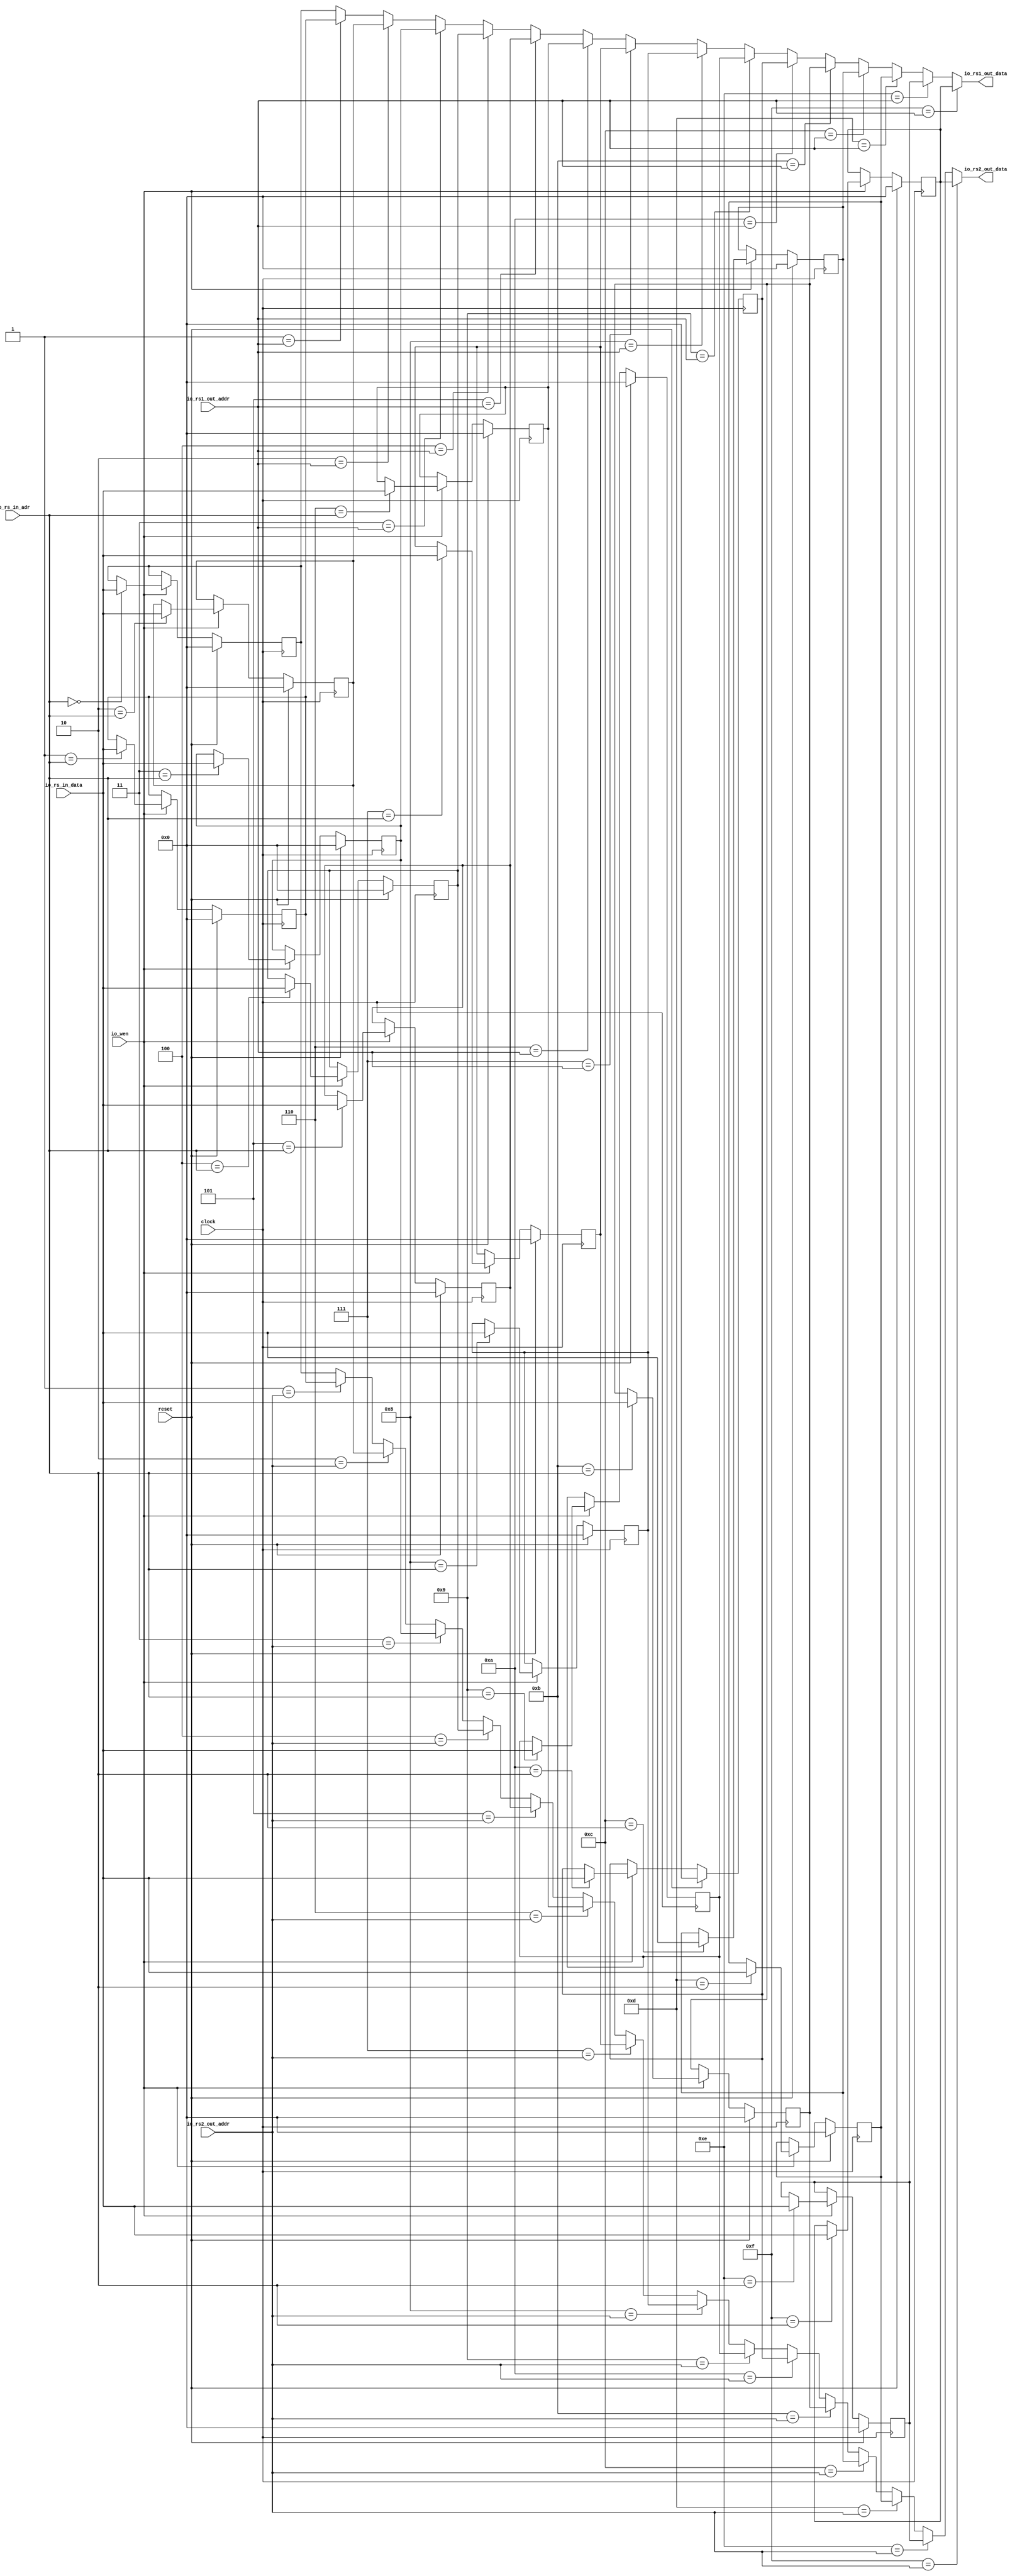
`ifdef RANDOMIZE_GARBAGE_ASSIGN
`define RANDOMIZE
`endif
`ifdef RANDOMIZE_INVALID_ASSIGN
`define RANDOMIZE
`endif
`ifdef RANDOMIZE_REG_INIT
`define RANDOMIZE
`endif
`ifdef RANDOMIZE_MEM_INIT
`define RANDOMIZE
`endif

module RegFile(
  input   clock,
  input   reset,
  input  [3:0] io_rs_in_adr,
  input  [3:0] io_rs1_out_addr,
  input  [3:0] io_rs2_out_addr,
  output [31:0] io_rs1_out_data,
  output [31:0] io_rs2_out_data,
  input  [31:0] io_rs_in_data,
  input   io_wen
);
  wire [31:0] T_19_0;
  wire [31:0] T_19_1;
  wire [31:0] T_19_2;
  wire [31:0] T_19_3;
  wire [31:0] T_19_4;
  wire [31:0] T_19_5;
  wire [31:0] T_19_6;
  wire [31:0] T_19_7;
  wire [31:0] T_19_8;
  wire [31:0] T_19_9;
  wire [31:0] T_19_10;
  wire [31:0] T_19_11;
  wire [31:0] T_19_12;
  wire [31:0] T_19_13;
  wire [31:0] T_19_14;
  wire [31:0] T_19_15;
  reg [31:0] regFile_0;
  reg [31:0] GEN_65;
  reg [31:0] regFile_1;
  reg [31:0] GEN_66;
  reg [31:0] regFile_2;
  reg [31:0] GEN_67;
  reg [31:0] regFile_3;
  reg [31:0] GEN_68;
  reg [31:0] regFile_4;
  reg [31:0] GEN_69;
  reg [31:0] regFile_5;
  reg [31:0] GEN_70;
  reg [31:0] regFile_6;
  reg [31:0] GEN_71;
  reg [31:0] regFile_7;
  reg [31:0] GEN_72;
  reg [31:0] regFile_8;
  reg [31:0] GEN_73;
  reg [31:0] regFile_9;
  reg [31:0] GEN_74;
  reg [31:0] regFile_10;
  reg [31:0] GEN_75;
  reg [31:0] regFile_11;
  reg [31:0] GEN_76;
  reg [31:0] regFile_12;
  reg [31:0] GEN_77;
  reg [31:0] regFile_13;
  reg [31:0] GEN_78;
  reg [31:0] regFile_14;
  reg [31:0] GEN_79;
  reg [31:0] regFile_15;
  reg [31:0] GEN_80;
  wire [31:0] GEN_0;
  wire [31:0] GEN_3;
  wire [31:0] GEN_4;
  wire [31:0] GEN_5;
  wire [31:0] GEN_6;
  wire [31:0] GEN_7;
  wire [31:0] GEN_8;
  wire [31:0] GEN_9;
  wire [31:0] GEN_10;
  wire [31:0] GEN_11;
  wire [31:0] GEN_12;
  wire [31:0] GEN_13;
  wire [31:0] GEN_14;
  wire [31:0] GEN_15;
  wire [31:0] GEN_16;
  wire [31:0] GEN_17;
  wire [31:0] GEN_1;
  wire [31:0] GEN_18;
  wire [31:0] GEN_19;
  wire [31:0] GEN_20;
  wire [31:0] GEN_21;
  wire [31:0] GEN_22;
  wire [31:0] GEN_23;
  wire [31:0] GEN_24;
  wire [31:0] GEN_25;
  wire [31:0] GEN_26;
  wire [31:0] GEN_27;
  wire [31:0] GEN_28;
  wire [31:0] GEN_29;
  wire [31:0] GEN_30;
  wire [31:0] GEN_31;
  wire [31:0] GEN_32;
  wire [31:0] GEN_2;
  wire [31:0] GEN_33;
  wire [31:0] GEN_34;
  wire [31:0] GEN_35;
  wire [31:0] GEN_36;
  wire [31:0] GEN_37;
  wire [31:0] GEN_38;
  wire [31:0] GEN_39;
  wire [31:0] GEN_40;
  wire [31:0] GEN_41;
  wire [31:0] GEN_42;
  wire [31:0] GEN_43;
  wire [31:0] GEN_44;
  wire [31:0] GEN_45;
  wire [31:0] GEN_46;
  wire [31:0] GEN_47;
  wire [31:0] GEN_48;
  wire [31:0] GEN_49;
  wire [31:0] GEN_50;
  wire [31:0] GEN_51;
  wire [31:0] GEN_52;
  wire [31:0] GEN_53;
  wire [31:0] GEN_54;
  wire [31:0] GEN_55;
  wire [31:0] GEN_56;
  wire [31:0] GEN_57;
  wire [31:0] GEN_58;
  wire [31:0] GEN_59;
  wire [31:0] GEN_60;
  wire [31:0] GEN_61;
  wire [31:0] GEN_62;
  wire [31:0] GEN_63;
  wire [31:0] GEN_64;
  assign io_rs1_out_data = GEN_0;
  assign io_rs2_out_data = GEN_1;
  assign T_19_0 = 32'h0;
  assign T_19_1 = 32'h0;
  assign T_19_2 = 32'h0;
  assign T_19_3 = 32'h0;
  assign T_19_4 = 32'h0;
  assign T_19_5 = 32'h0;
  assign T_19_6 = 32'h0;
  assign T_19_7 = 32'h0;
  assign T_19_8 = 32'h0;
  assign T_19_9 = 32'h0;
  assign T_19_10 = 32'h0;
  assign T_19_11 = 32'h0;
  assign T_19_12 = 32'h0;
  assign T_19_13 = 32'h0;
  assign T_19_14 = 32'h0;
  assign T_19_15 = 32'h0;
  assign GEN_0 = GEN_17;
  assign GEN_3 = 4'h1 == io_rs1_out_addr ? regFile_1 : regFile_0;
  assign GEN_4 = 4'h2 == io_rs1_out_addr ? regFile_2 : GEN_3;
  assign GEN_5 = 4'h3 == io_rs1_out_addr ? regFile_3 : GEN_4;
  assign GEN_6 = 4'h4 == io_rs1_out_addr ? regFile_4 : GEN_5;
  assign GEN_7 = 4'h5 == io_rs1_out_addr ? regFile_5 : GEN_6;
  assign GEN_8 = 4'h6 == io_rs1_out_addr ? regFile_6 : GEN_7;
  assign GEN_9 = 4'h7 == io_rs1_out_addr ? regFile_7 : GEN_8;
  assign GEN_10 = 4'h8 == io_rs1_out_addr ? regFile_8 : GEN_9;
  assign GEN_11 = 4'h9 == io_rs1_out_addr ? regFile_9 : GEN_10;
  assign GEN_12 = 4'ha == io_rs1_out_addr ? regFile_10 : GEN_11;
  assign GEN_13 = 4'hb == io_rs1_out_addr ? regFile_11 : GEN_12;
  assign GEN_14 = 4'hc == io_rs1_out_addr ? regFile_12 : GEN_13;
  assign GEN_15 = 4'hd == io_rs1_out_addr ? regFile_13 : GEN_14;
  assign GEN_16 = 4'he == io_rs1_out_addr ? regFile_14 : GEN_15;
  assign GEN_17 = 4'hf == io_rs1_out_addr ? regFile_15 : GEN_16;
  assign GEN_1 = GEN_32;
  assign GEN_18 = 4'h1 == io_rs2_out_addr ? regFile_1 : regFile_0;
  assign GEN_19 = 4'h2 == io_rs2_out_addr ? regFile_2 : GEN_18;
  assign GEN_20 = 4'h3 == io_rs2_out_addr ? regFile_3 : GEN_19;
  assign GEN_21 = 4'h4 == io_rs2_out_addr ? regFile_4 : GEN_20;
  assign GEN_22 = 4'h5 == io_rs2_out_addr ? regFile_5 : GEN_21;
  assign GEN_23 = 4'h6 == io_rs2_out_addr ? regFile_6 : GEN_22;
  assign GEN_24 = 4'h7 == io_rs2_out_addr ? regFile_7 : GEN_23;
  assign GEN_25 = 4'h8 == io_rs2_out_addr ? regFile_8 : GEN_24;
  assign GEN_26 = 4'h9 == io_rs2_out_addr ? regFile_9 : GEN_25;
  assign GEN_27 = 4'ha == io_rs2_out_addr ? regFile_10 : GEN_26;
  assign GEN_28 = 4'hb == io_rs2_out_addr ? regFile_11 : GEN_27;
  assign GEN_29 = 4'hc == io_rs2_out_addr ? regFile_12 : GEN_28;
  assign GEN_30 = 4'hd == io_rs2_out_addr ? regFile_13 : GEN_29;
  assign GEN_31 = 4'he == io_rs2_out_addr ? regFile_14 : GEN_30;
  assign GEN_32 = 4'hf == io_rs2_out_addr ? regFile_15 : GEN_31;
  assign GEN_2 = io_rs_in_data;
  assign GEN_33 = 4'h0 == io_rs_in_adr ? GEN_2 : regFile_0;
  assign GEN_34 = 4'h1 == io_rs_in_adr ? GEN_2 : regFile_1;
  assign GEN_35 = 4'h2 == io_rs_in_adr ? GEN_2 : regFile_2;
  assign GEN_36 = 4'h3 == io_rs_in_adr ? GEN_2 : regFile_3;
  assign GEN_37 = 4'h4 == io_rs_in_adr ? GEN_2 : regFile_4;
  assign GEN_38 = 4'h5 == io_rs_in_adr ? GEN_2 : regFile_5;
  assign GEN_39 = 4'h6 == io_rs_in_adr ? GEN_2 : regFile_6;
  assign GEN_40 = 4'h7 == io_rs_in_adr ? GEN_2 : regFile_7;
  assign GEN_41 = 4'h8 == io_rs_in_adr ? GEN_2 : regFile_8;
  assign GEN_42 = 4'h9 == io_rs_in_adr ? GEN_2 : regFile_9;
  assign GEN_43 = 4'ha == io_rs_in_adr ? GEN_2 : regFile_10;
  assign GEN_44 = 4'hb == io_rs_in_adr ? GEN_2 : regFile_11;
  assign GEN_45 = 4'hc == io_rs_in_adr ? GEN_2 : regFile_12;
  assign GEN_46 = 4'hd == io_rs_in_adr ? GEN_2 : regFile_13;
  assign GEN_47 = 4'he == io_rs_in_adr ? GEN_2 : regFile_14;
  assign GEN_48 = 4'hf == io_rs_in_adr ? GEN_2 : regFile_15;
  assign GEN_49 = io_wen ? GEN_33 : regFile_0;
  assign GEN_50 = io_wen ? GEN_34 : regFile_1;
  assign GEN_51 = io_wen ? GEN_35 : regFile_2;
  assign GEN_52 = io_wen ? GEN_36 : regFile_3;
  assign GEN_53 = io_wen ? GEN_37 : regFile_4;
  assign GEN_54 = io_wen ? GEN_38 : regFile_5;
  assign GEN_55 = io_wen ? GEN_39 : regFile_6;
  assign GEN_56 = io_wen ? GEN_40 : regFile_7;
  assign GEN_57 = io_wen ? GEN_41 : regFile_8;
  assign GEN_58 = io_wen ? GEN_42 : regFile_9;
  assign GEN_59 = io_wen ? GEN_43 : regFile_10;
  assign GEN_60 = io_wen ? GEN_44 : regFile_11;
  assign GEN_61 = io_wen ? GEN_45 : regFile_12;
  assign GEN_62 = io_wen ? GEN_46 : regFile_13;
  assign GEN_63 = io_wen ? GEN_47 : regFile_14;
  assign GEN_64 = io_wen ? GEN_48 : regFile_15;
`ifdef RANDOMIZE
  integer initvar;
  initial begin
    `ifndef verilator
      #0.002 begin end
    `endif
  `ifdef RANDOMIZE_REG_INIT
  GEN_65 = {1{$random}};
  regFile_0 = GEN_65[31:0];
  `endif
  `ifdef RANDOMIZE_REG_INIT
  GEN_66 = {1{$random}};
  regFile_1 = GEN_66[31:0];
  `endif
  `ifdef RANDOMIZE_REG_INIT
  GEN_67 = {1{$random}};
  regFile_2 = GEN_67[31:0];
  `endif
  `ifdef RANDOMIZE_REG_INIT
  GEN_68 = {1{$random}};
  regFile_3 = GEN_68[31:0];
  `endif
  `ifdef RANDOMIZE_REG_INIT
  GEN_69 = {1{$random}};
  regFile_4 = GEN_69[31:0];
  `endif
  `ifdef RANDOMIZE_REG_INIT
  GEN_70 = {1{$random}};
  regFile_5 = GEN_70[31:0];
  `endif
  `ifdef RANDOMIZE_REG_INIT
  GEN_71 = {1{$random}};
  regFile_6 = GEN_71[31:0];
  `endif
  `ifdef RANDOMIZE_REG_INIT
  GEN_72 = {1{$random}};
  regFile_7 = GEN_72[31:0];
  `endif
  `ifdef RANDOMIZE_REG_INIT
  GEN_73 = {1{$random}};
  regFile_8 = GEN_73[31:0];
  `endif
  `ifdef RANDOMIZE_REG_INIT
  GEN_74 = {1{$random}};
  regFile_9 = GEN_74[31:0];
  `endif
  `ifdef RANDOMIZE_REG_INIT
  GEN_75 = {1{$random}};
  regFile_10 = GEN_75[31:0];
  `endif
  `ifdef RANDOMIZE_REG_INIT
  GEN_76 = {1{$random}};
  regFile_11 = GEN_76[31:0];
  `endif
  `ifdef RANDOMIZE_REG_INIT
  GEN_77 = {1{$random}};
  regFile_12 = GEN_77[31:0];
  `endif
  `ifdef RANDOMIZE_REG_INIT
  GEN_78 = {1{$random}};
  regFile_13 = GEN_78[31:0];
  `endif
  `ifdef RANDOMIZE_REG_INIT
  GEN_79 = {1{$random}};
  regFile_14 = GEN_79[31:0];
  `endif
  `ifdef RANDOMIZE_REG_INIT
  GEN_80 = {1{$random}};
  regFile_15 = GEN_80[31:0];
  `endif
  end
`endif
  always @(posedge clock) begin
    if (reset) begin
      regFile_0 <= T_19_0;
    end else begin
      if (io_wen) begin
        if (4'h0 == io_rs_in_adr) begin
          regFile_0 <= GEN_2;
        end
      end
    end
    if (reset) begin
      regFile_1 <= T_19_1;
    end else begin
      if (io_wen) begin
        if (4'h1 == io_rs_in_adr) begin
          regFile_1 <= GEN_2;
        end
      end
    end
    if (reset) begin
      regFile_2 <= T_19_2;
    end else begin
      if (io_wen) begin
        if (4'h2 == io_rs_in_adr) begin
          regFile_2 <= GEN_2;
        end
      end
    end
    if (reset) begin
      regFile_3 <= T_19_3;
    end else begin
      if (io_wen) begin
        if (4'h3 == io_rs_in_adr) begin
          regFile_3 <= GEN_2;
        end
      end
    end
    if (reset) begin
      regFile_4 <= T_19_4;
    end else begin
      if (io_wen) begin
        if (4'h4 == io_rs_in_adr) begin
          regFile_4 <= GEN_2;
        end
      end
    end
    if (reset) begin
      regFile_5 <= T_19_5;
    end else begin
      if (io_wen) begin
        if (4'h5 == io_rs_in_adr) begin
          regFile_5 <= GEN_2;
        end
      end
    end
    if (reset) begin
      regFile_6 <= T_19_6;
    end else begin
      if (io_wen) begin
        if (4'h6 == io_rs_in_adr) begin
          regFile_6 <= GEN_2;
        end
      end
    end
    if (reset) begin
      regFile_7 <= T_19_7;
    end else begin
      if (io_wen) begin
        if (4'h7 == io_rs_in_adr) begin
          regFile_7 <= GEN_2;
        end
      end
    end
    if (reset) begin
      regFile_8 <= T_19_8;
    end else begin
      if (io_wen) begin
        if (4'h8 == io_rs_in_adr) begin
          regFile_8 <= GEN_2;
        end
      end
    end
    if (reset) begin
      regFile_9 <= T_19_9;
    end else begin
      if (io_wen) begin
        if (4'h9 == io_rs_in_adr) begin
          regFile_9 <= GEN_2;
        end
      end
    end
    if (reset) begin
      regFile_10 <= T_19_10;
    end else begin
      if (io_wen) begin
        if (4'ha == io_rs_in_adr) begin
          regFile_10 <= GEN_2;
        end
      end
    end
    if (reset) begin
      regFile_11 <= T_19_11;
    end else begin
      if (io_wen) begin
        if (4'hb == io_rs_in_adr) begin
          regFile_11 <= GEN_2;
        end
      end
    end
    if (reset) begin
      regFile_12 <= T_19_12;
    end else begin
      if (io_wen) begin
        if (4'hc == io_rs_in_adr) begin
          regFile_12 <= GEN_2;
        end
      end
    end
    if (reset) begin
      regFile_13 <= T_19_13;
    end else begin
      if (io_wen) begin
        if (4'hd == io_rs_in_adr) begin
          regFile_13 <= GEN_2;
        end
      end
    end
    if (reset) begin
      regFile_14 <= T_19_14;
    end else begin
      if (io_wen) begin
        if (4'he == io_rs_in_adr) begin
          regFile_14 <= GEN_2;
        end
      end
    end
    if (reset) begin
      regFile_15 <= T_19_15;
    end else begin
      if (io_wen) begin
        if (4'hf == io_rs_in_adr) begin
          regFile_15 <= GEN_2;
        end
      end
    end
  end
endmodule